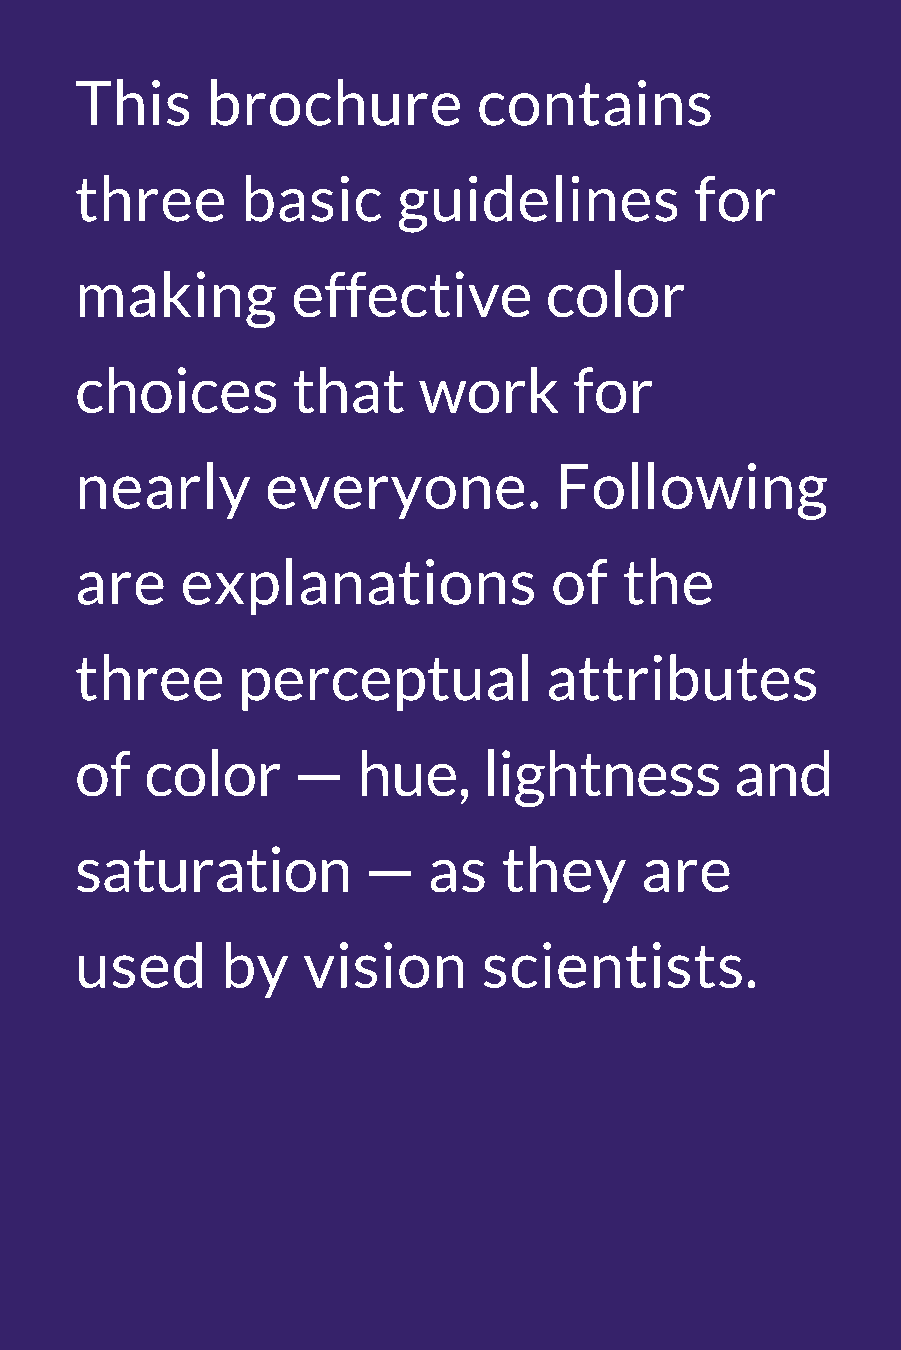
This     brochure          contains
 three      basic     guidelines          for
 making        effective        color
 choices       that     work      for
 nearly       everyone.          Following
 are    explanations            of   the
 three      perceptual          attributes
 of   color    —    hue,    lightness        and
 saturation         —   as   they     are
 used      by   vision      scientists.